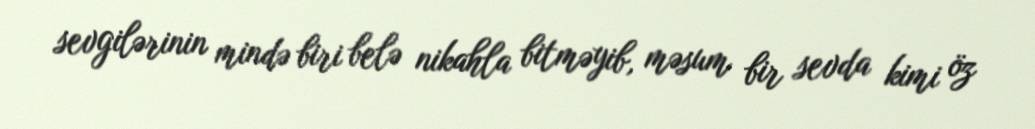
sevgilərinin mində biri belə nikahla bitməyib, məsum bir sevda kimi öz